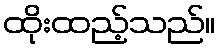
ထိုးထည့်သည်။